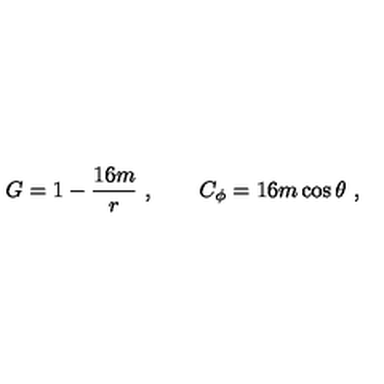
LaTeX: G = 1 - { \frac { 1 6 m } { r } } \ , \qquad C _ { \phi } = 1 6 m \cos \theta \ ,